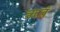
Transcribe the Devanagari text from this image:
ॠतं